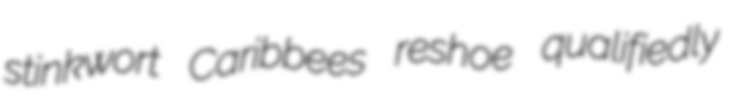
stinkwort Caribbees reshoe qualifiedly